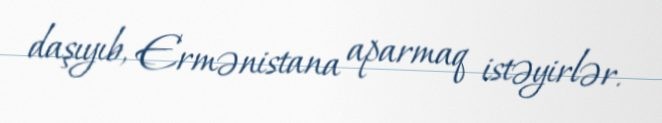
daşıyıb, Ermənistana aparmaq istəyirlər.